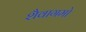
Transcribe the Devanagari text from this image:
शैवागमो